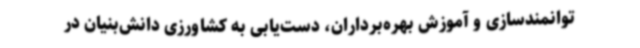
توانمندسازی و آموزش بهره‌برداران، دست‌یابی به کشاورزی دانش‌بنیان در